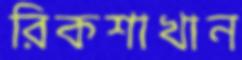
রিকশাখান